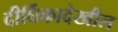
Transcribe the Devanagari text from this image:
दीर्घिकादेखील